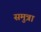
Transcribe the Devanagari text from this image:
समुत्रा